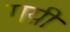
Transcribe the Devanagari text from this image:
गय़ी